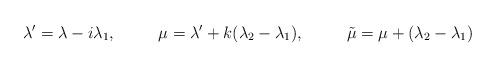
LaTeX: \begin{align*} \lambda' &= \lambda - i \lambda_1, & \mu &= \lambda' + k(\lambda_2 - \lambda_1), & \tilde{\mu} &= \mu +(\lambda_2-\lambda_1) \end{align*}